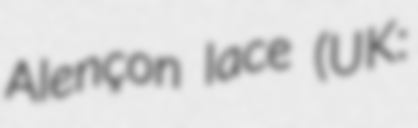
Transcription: Alençon lace (UK: